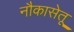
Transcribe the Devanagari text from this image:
नौकासेतू